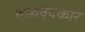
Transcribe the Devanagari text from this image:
वाद्यवृंदकार